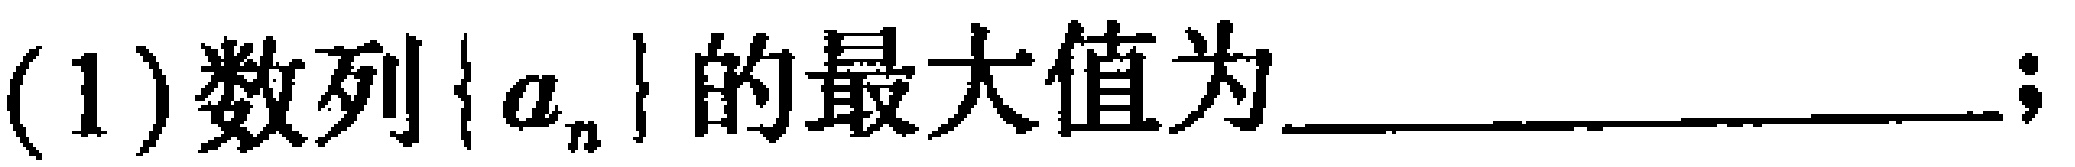
(1)数列\(\{ a_{n}\}\)的最大值为  ；